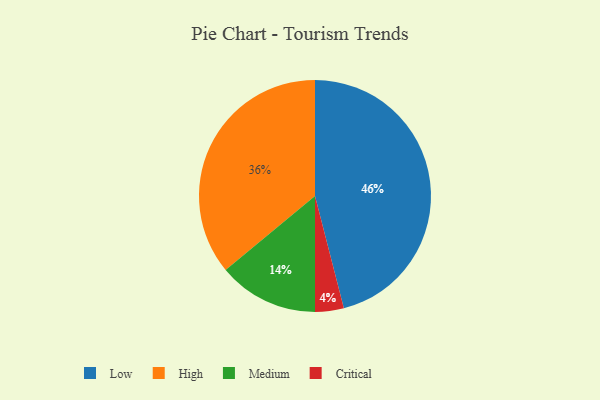
{"axis": {"x": "Category", "y": "Percentage"}, "legend": ["Critical", "High", "Low", "Medium"], "data": [{"x": "Critical", "y": 4, "type": "Critical"}, {"x": "Medium", "y": 14, "type": "Medium"}, {"x": "Low", "y": 46, "type": "Low"}, {"x": "High", "y": 36, "type": "High"}]}